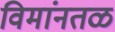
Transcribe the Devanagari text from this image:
विमांनतळ